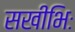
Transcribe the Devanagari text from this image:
सखीभिः